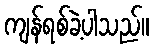
ကျန်ရစ်ခဲ့ပါသည်။